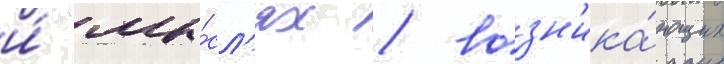
и́ "мы́сл'ях / возн'ика́ющих